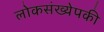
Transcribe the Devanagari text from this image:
लोकसंख्येपकी